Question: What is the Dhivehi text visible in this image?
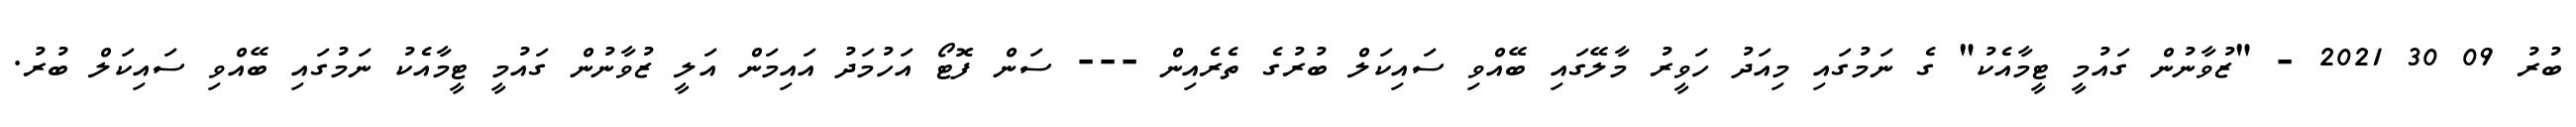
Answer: ބުރު 09 30 2021 - "ޒުވާނުން ގައުމީ ޓީމާއެކު" ގެ ނަމުގައި މިއަދު ހަވީރު މާލޭގައި ބޭއްވި ސައިކަލް ބުރުގެ ތެރެއިން --- ސަން ފޮޓޯ އަހުމަދު އައިމަން އަލީ ޒުވާނުން ގައުމީ ޓީމާއެކު ނަމުގައި ބޭއްވި ސައިކަލް ބުރު.